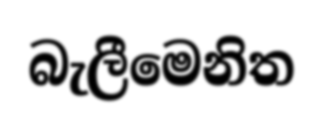
බැලීමෙනිත